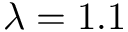
\lambda = 1 . 1